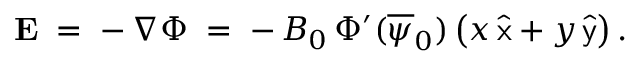
{ \bf E } \; = \; - \, \nabla \Phi \; = \; - \, B _ { 0 } \, \Phi ^ { \prime } ( \overline { { \psi } } _ { 0 } ) \left( x \, \widehat { \sf x } + y \, \widehat { \sf y } \right) .